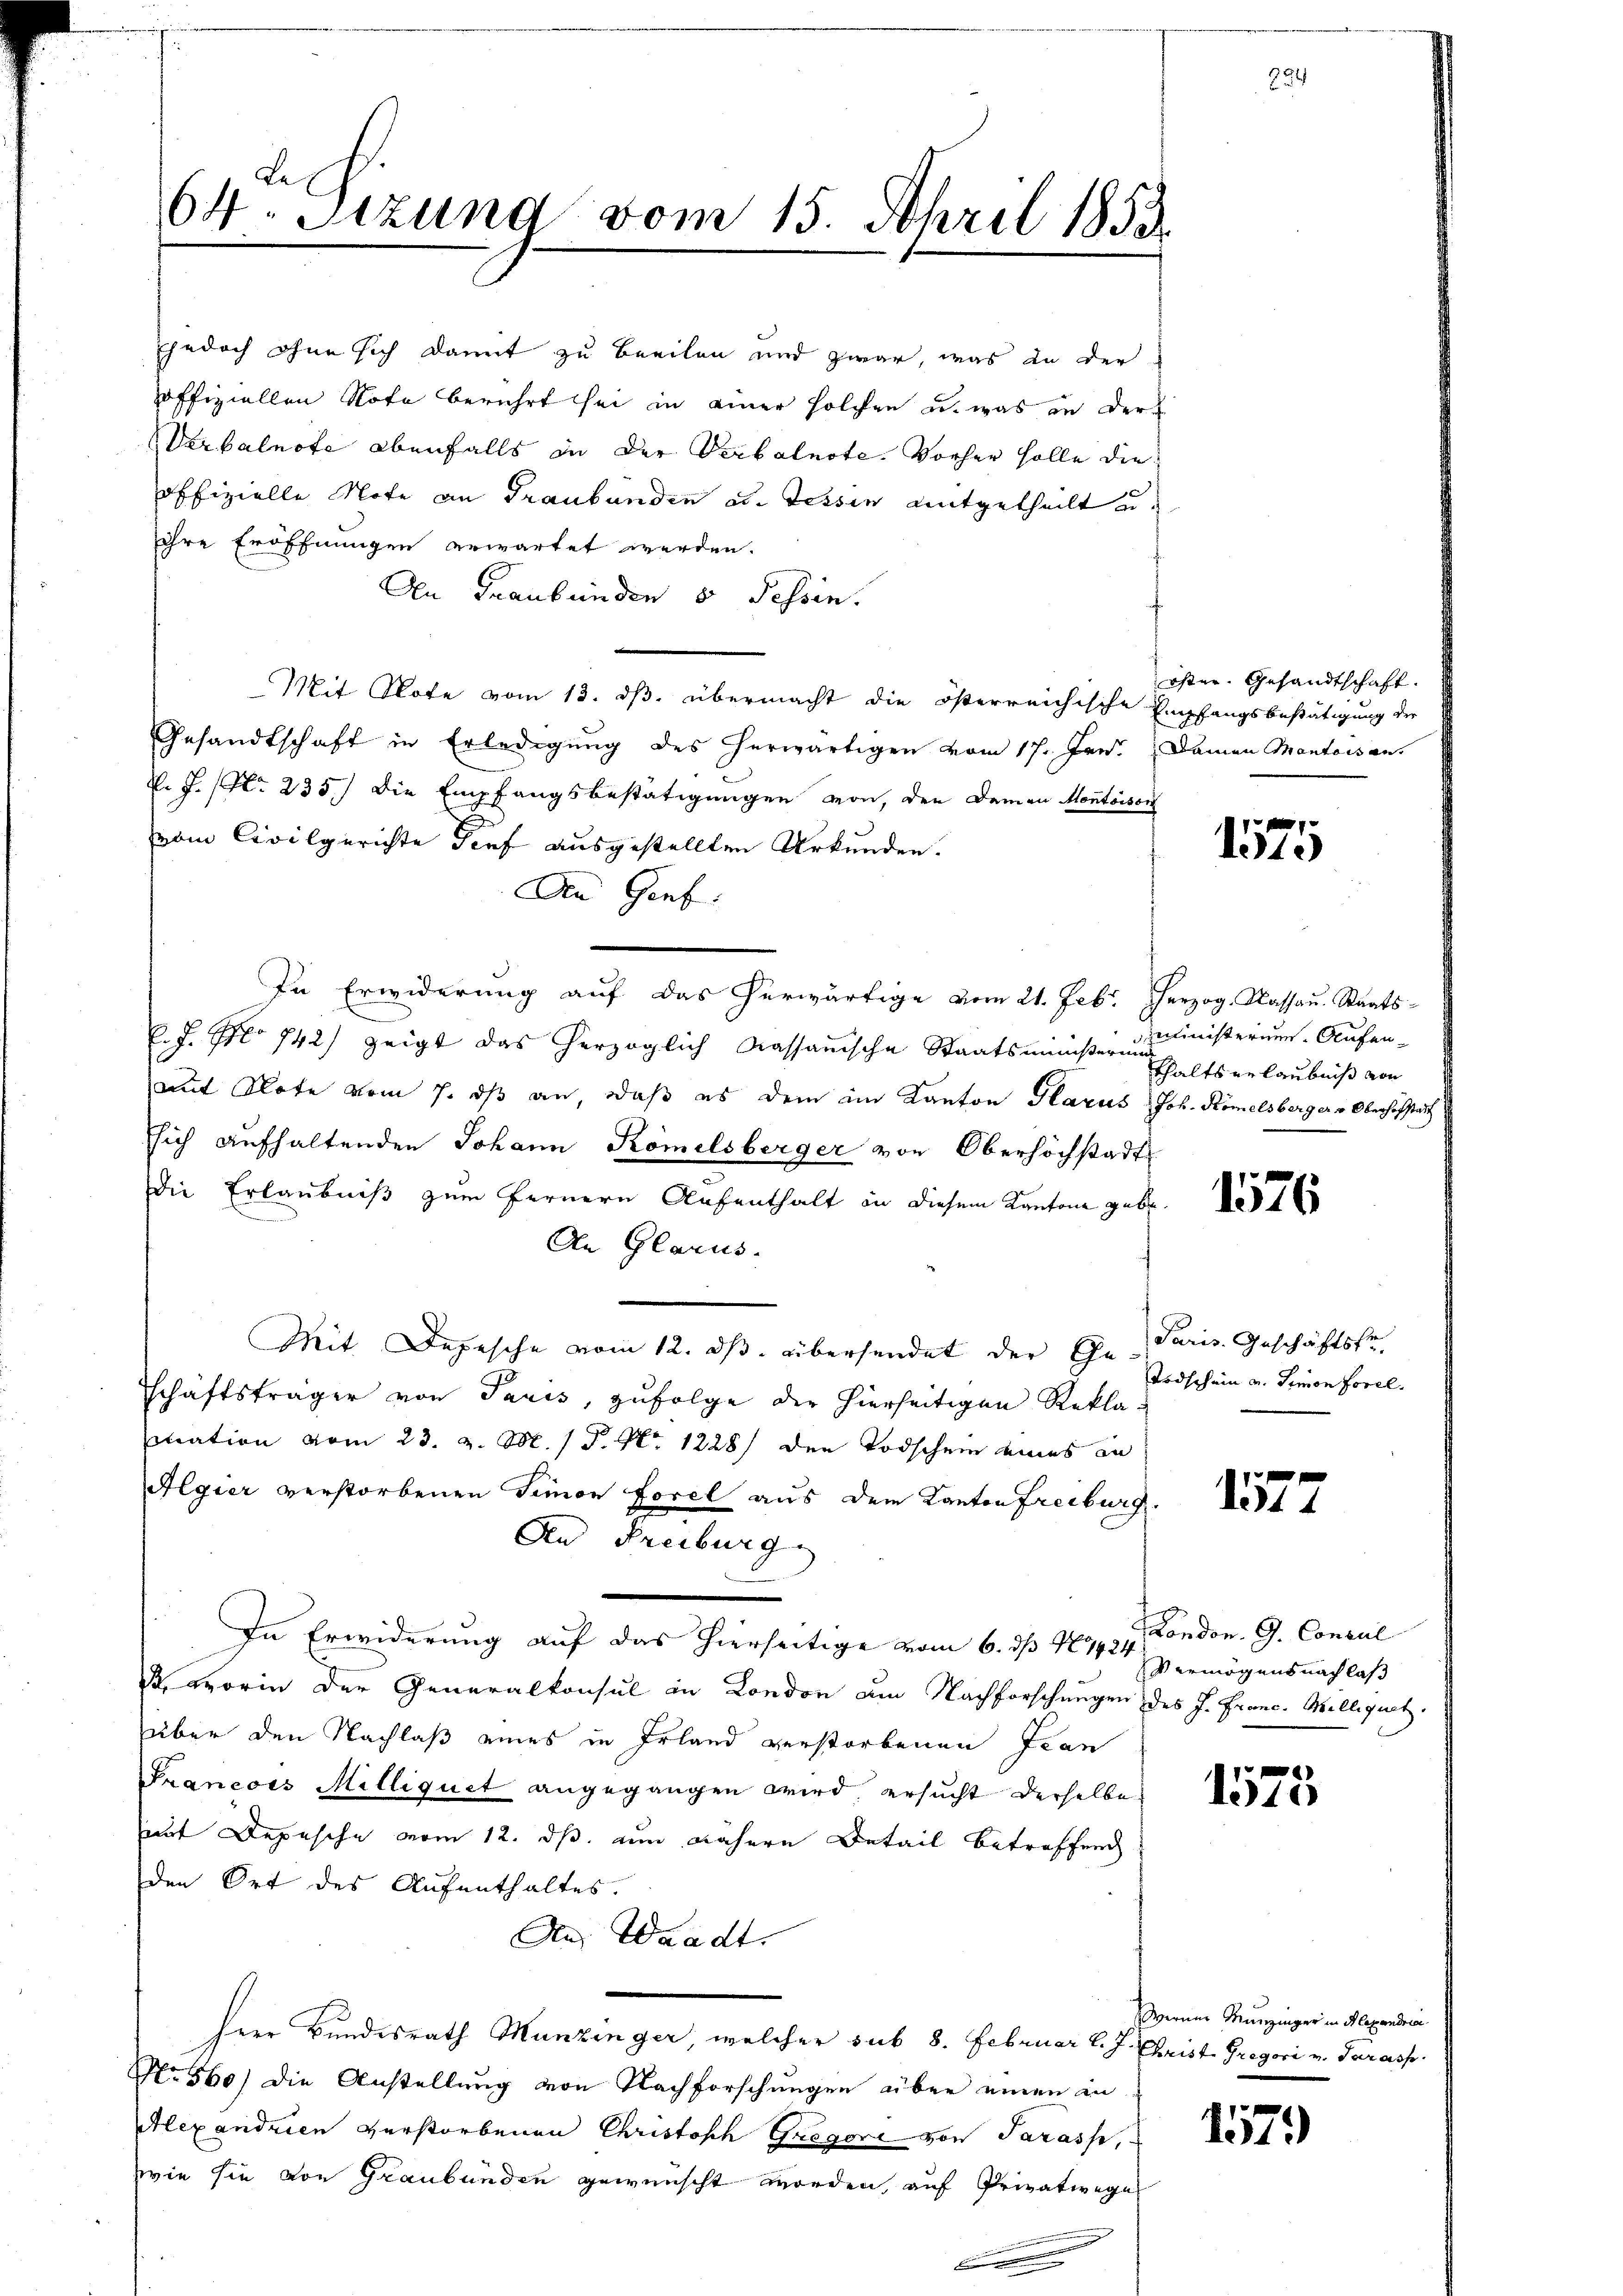
Ejedoch ohne sich damit zu Beeilen und zwar, was in der
offiziellen Note berührt sei in einer solchen u. was in der
Verbalnote ebenfalls in der Verbalnote. Vorher Holle die
offizielle Note an Graubünden ad. Tessin mitgetheilt u.
ihre Eröffnungen erwartet werden.
An Graubünden 5 Tessin.
Mit Note vom 13. ds. übermacht die österreichische Empfangsbestätigung der
Gesandtschaft in Erledigŭng des herwärtigen vom 17. Jan. Damen Mantersan
N. J. (Nr. 235.) Die Empfangsbestätigungen von den Damen Montoison
vom Civilgerichte Torf ausgestellten Urkunden.
An Genf.
In Erwiderung auf das herwärtige vom 21. Feb. Herzog. Kassau. Staats-
. J. No 742) zeigt das herzoglich Kassauische Staatsministeren Elterlaubniß von
mit Note vom 7. ds an, daß es dem im Kanton Glarus Joh. Römelsberger v. Oberhofstanz
ssich aufhaltenden Johann Römelsberger von Oberhöchstadt
Die Erlaubniß zum Fernern Aufenthalt in diesem Kantone gebe.
An Glarus.
Mit Depesche vom 12. ds. übersendet der Ehe. Paris. Geschäftsfe
schäftsträger von Paris, zufolge der hierseitigen Rekla
stration vom 23. v. M. / P. Nr. 1228) den Todschein eines an
Algier verstorbenen Simon Forel aus dem Kanton Freiburg.
An Freiburg
In Erwiderung auf das hierseitige vom 6. ds 10. 1924 Vermögens nachlaß
. worin der Generalkonsul in London am Nachforschungen des J. Franc. Willigrat.
über den Nachlaß eines in Irland verstorbenen Iran
Francois Milliquet angegangen wird, ersucht derselbe
mit Depesche vom 12. ds. nun nähere Detail betreffend
den Ort des Aufenthaltes.
An Waadt.
Herr Bundesrath Munzinger, welcher sub 8. Februar l. J. Christ. Gregori v. Tarasp.
No 560) die Anstellung von Nachforschungen über einen in
Alexandrien verstorbenen Christisch Gregori von Sarasse,
wie sie von Graubünden gewünscht worden, auf Privatwege
E

L.
64. Sitzung vom 15. Schril 1853.

öster. Gesandtschaft.

1575

ministerum. Aufen¬

1576

Todschein v. Simon Forel.

1572

London. G. Concul

1575

Werner Munzinger in Alexandria

157)